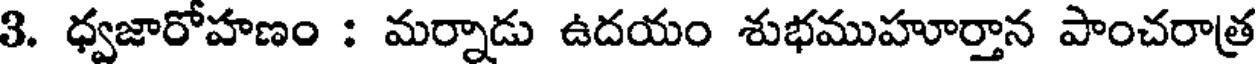
3. ధ్వజారోహణం : మర్నాడు ఉదయం శుభముహూర్తాన పాంచరాత్ర